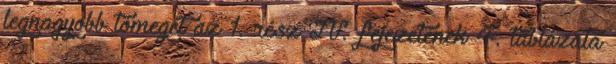
legnagyobb tömegét az 1. rész IV. fejezetének 4. táblázata